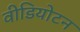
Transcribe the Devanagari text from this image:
वीडियोटन